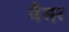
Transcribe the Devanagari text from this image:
बैसर